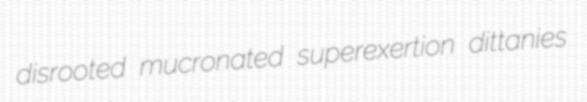
disrooted mucronated superexertion dittanies